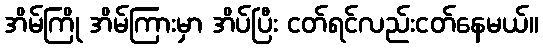
အိမ်ကြို အိမ်ကြားမှာ အိပ်ပြီး ငတ်ရင်လည်းငတ်နေမယ်။